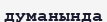
думанында